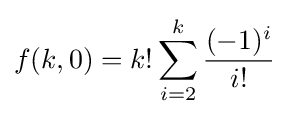
f(k,0)=k!\sum _{i=2}^{k}{\frac {(-1)^{i}}{i!}}